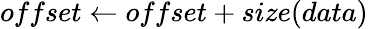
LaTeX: offset\gets offset+size(data)